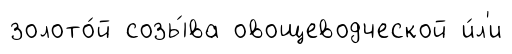
золото́й созы́ва овощеводческой и́л'и